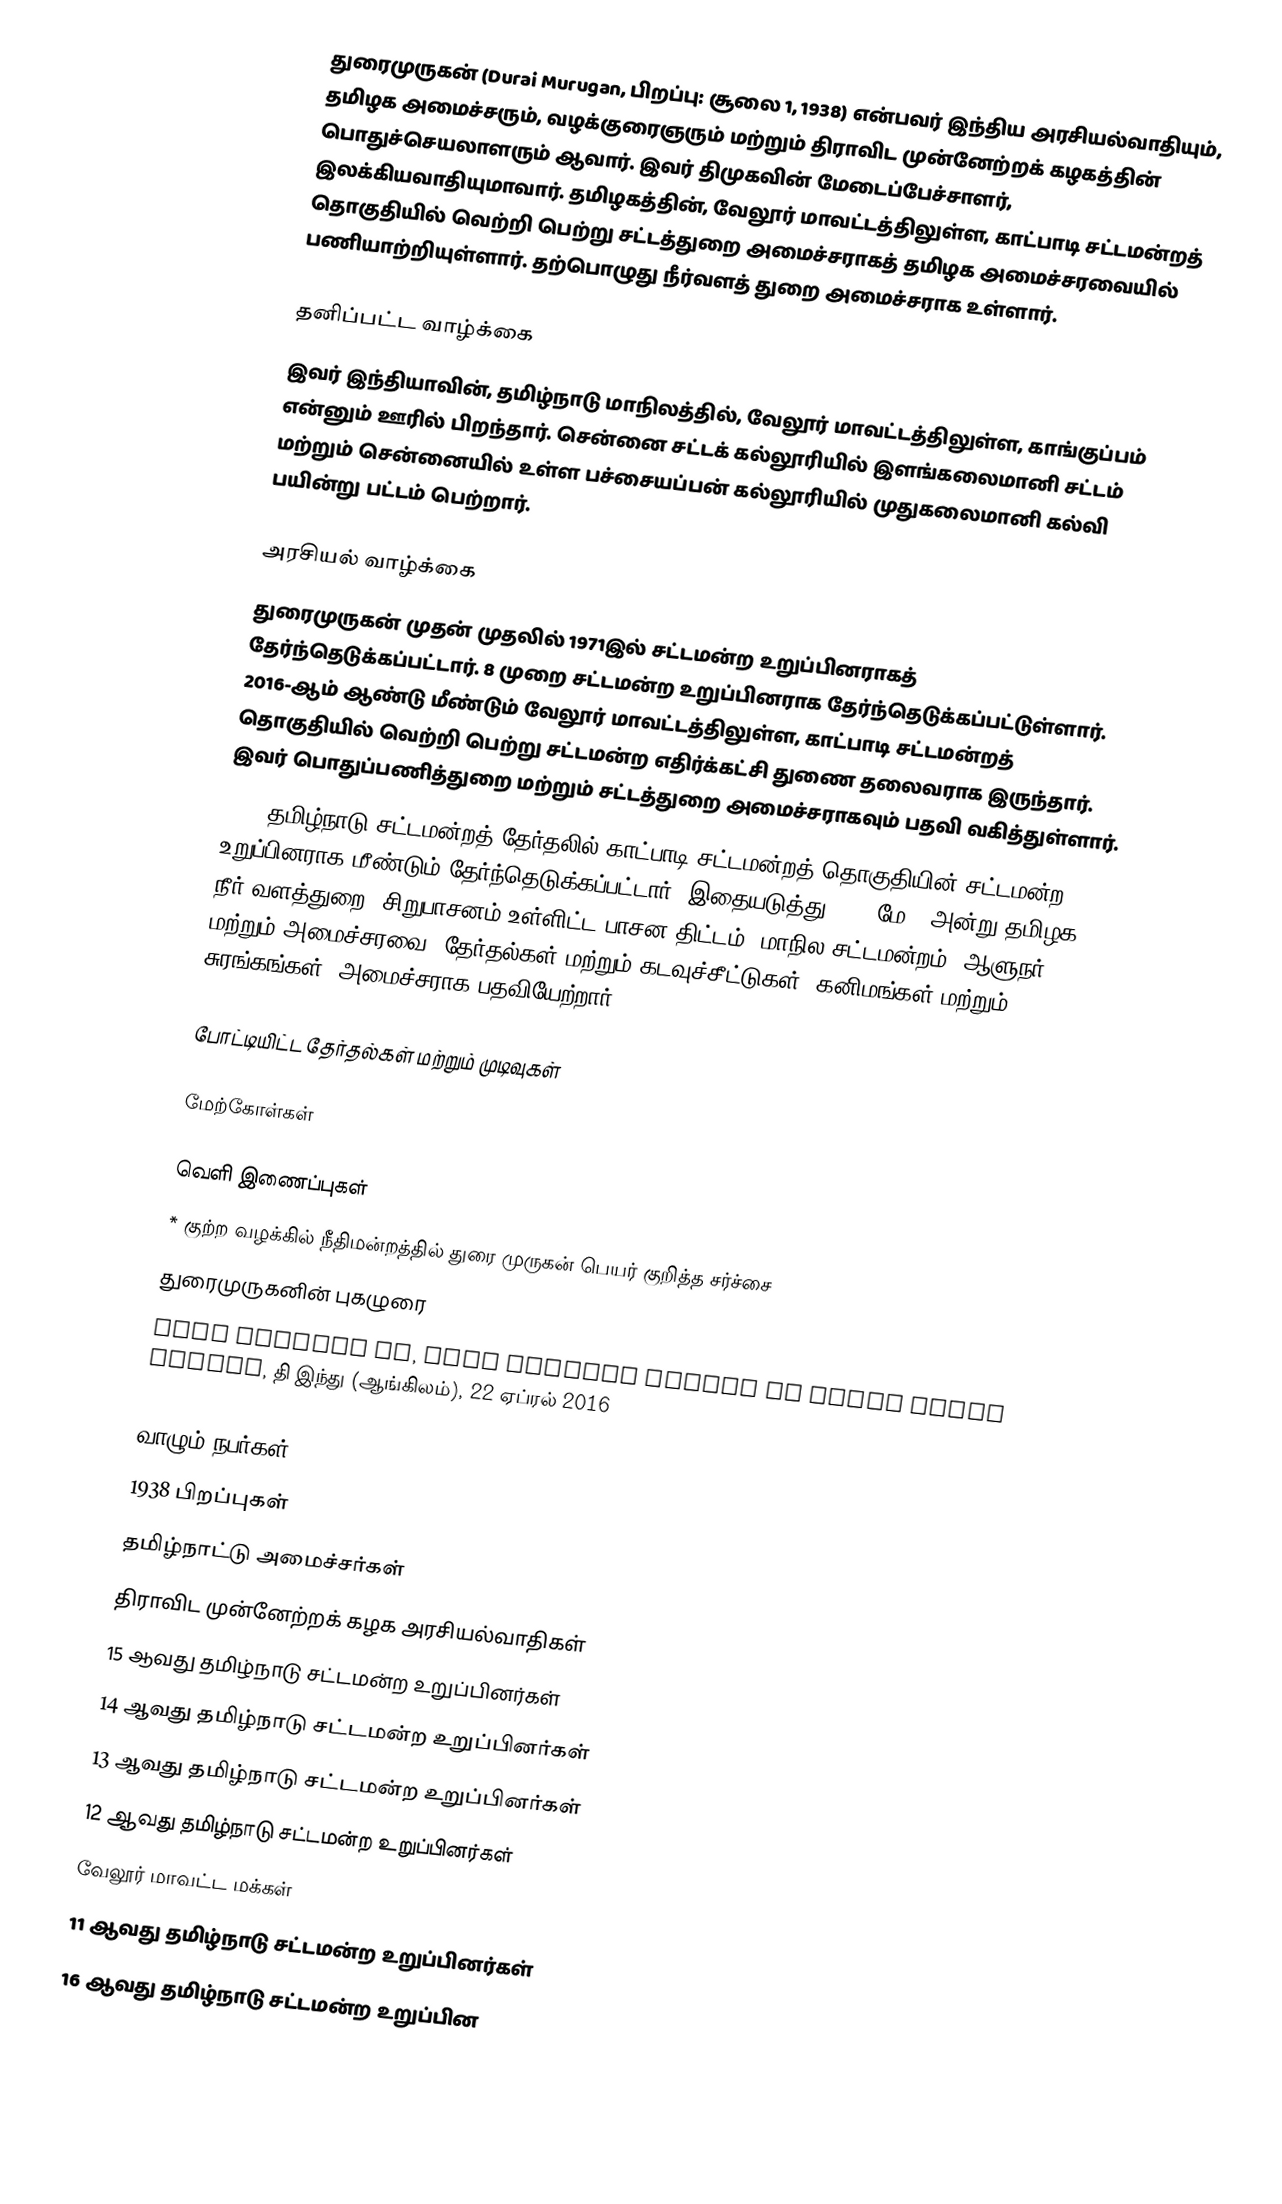
துரைமுருகன் (Durai Murugan, பிறப்பு: சூலை 1, 1938) என்பவர் இந்திய அரசியல்வாதியும், தமிழக அமைச்சரும், வழக்குரைஞரும் மற்றும் திராவிட முன்னேற்றக் கழகத்தின் பொதுச்செயலாளரும் ஆவார். இவர் திமுகவின் மேடைப்பேச்சாளர், இலக்கியவாதியுமாவார். தமிழகத்தின், வேலூர் மாவட்டத்திலுள்ள, காட்பாடி சட்டமன்றத் தொகுதியில் வெற்றி பெற்று சட்டத்துறை அமைச்சராகத் தமிழக அமைச்சரவையில் பணியாற்றியுள்ளார். தற்பொழுது நீர்வளத் துறை அமைச்சராக உள்ளார்.

தனிப்பட்ட வாழ்க்கை
இவர் இந்தியாவின், தமிழ்நாடு மாநிலத்தில், வேலூர் மாவட்டத்திலுள்ள, காங்குப்பம் என்னும் ஊரில் பிறந்தார். சென்னை சட்டக் கல்லூரியில் இளங்கலைமானி சட்டம் மற்றும் சென்னையில் உள்ள பச்சையப்பன் கல்லூரியில் முதுகலைமானி கல்வி பயின்று பட்டம் பெற்றார்.

அரசியல் வாழ்க்கை
துரைமுருகன் முதன் முதலில் 1971இல் சட்டமன்ற உறுப்பினராகத் தேர்ந்தெடுக்கப்பட்டார். 8 முறை சட்டமன்ற உறுப்பினராக தேர்ந்தெடுக்கப்பட்டுள்ளார். 2016-ஆம் ஆண்டு மீண்டும் வேலூர் மாவட்டத்திலுள்ள, காட்பாடி சட்டமன்றத் தொகுதியில் வெற்றி பெற்று சட்டமன்ற எதிர்க்கட்சி துணை தலைவராக இருந்தார். இவர் பொதுப்பணித்துறை மற்றும் சட்டத்துறை அமைச்சராகவும் பதவி வகித்துள்ளார்.
2021 தமிழ்நாடு சட்டமன்றத் தேர்தலில் காட்பாடி சட்டமன்றத் தொகுதியின் சட்டமன்ற உறுப்பினராக மீண்டும் தேர்ந்தெடுக்கப்பட்டார். இதையடுத்து 2021 மே 7 அன்று தமிழக நீர் வளத்துறை (சிறுபாசனம் உள்ளிட்ட பாசன திட்டம், மாநில சட்டமன்றம், ஆளுநர் மற்றும் அமைச்சரவை, தேர்தல்கள் மற்றும் கடவுச்சீட்டுகள், கனிமங்கள் மற்றும் சுரங்கங்கள்) அமைச்சராக பதவியேற்றார்.

போட்டியிட்ட தேர்தல்கள் மற்றும் முடிவுகள்

மேற்கோள்கள்

வெளி இணைப்புகள்
 * குற்ற வழக்கில் நீதிமன்றத்தில் துரை முருகன் பெயர் குறித்த சர்ச்சை
 துரைமுருகனின் புகழுரை
 Four decades on, this veteran leader is still going strong, தி இந்து (ஆங்கிலம்), 22 ஏப்ரல் 2016

வாழும் நபர்கள்
1938 பிறப்புகள்
தமிழ்நாட்டு அமைச்சர்கள்
திராவிட முன்னேற்றக் கழக அரசியல்வாதிகள்
15 ஆவது தமிழ்நாடு சட்டமன்ற உறுப்பினர்கள்
14 ஆவது தமிழ்நாடு சட்டமன்ற உறுப்பினர்கள்
13 ஆவது தமிழ்நாடு சட்டமன்ற உறுப்பினர்கள்
12 ஆவது தமிழ்நாடு சட்டமன்ற உறுப்பினர்கள்
வேலூர் மாவட்ட மக்கள்
11 ஆவது தமிழ்நாடு சட்டமன்ற உறுப்பினர்கள்
16 ஆவது தமிழ்நாடு சட்டமன்ற உறுப்பின